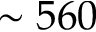
\sim 5 6 0